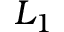
L _ { 1 }